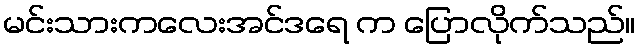
မင်းသားကလေးအင်ဒရေ က ပြောလိုက်သည်။